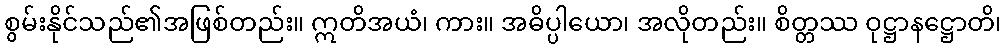
စွမ်းနိုင်သည်၏အဖြစ်တည်း။ ဣတိအယံ၊ ကား။ အဓိပ္ပါယော၊ အလိုတည်း။ စိတ္တဿ ဝုဋ္ဌာနဋ္ဌောတိ၊